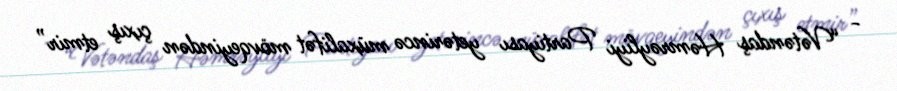
- “Vətəndaş Həmrəyliyi Partiyası yetərincə müxalifət mövqeyindən çıxış etmir”